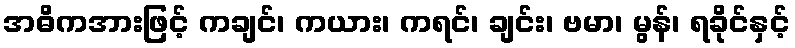
အဓိကအားဖြင့် ကချင်၊ ကယား၊ ကရင်၊ ချင်း၊ ဗမာ၊ မွန်၊ ရခိုင်နှင့်